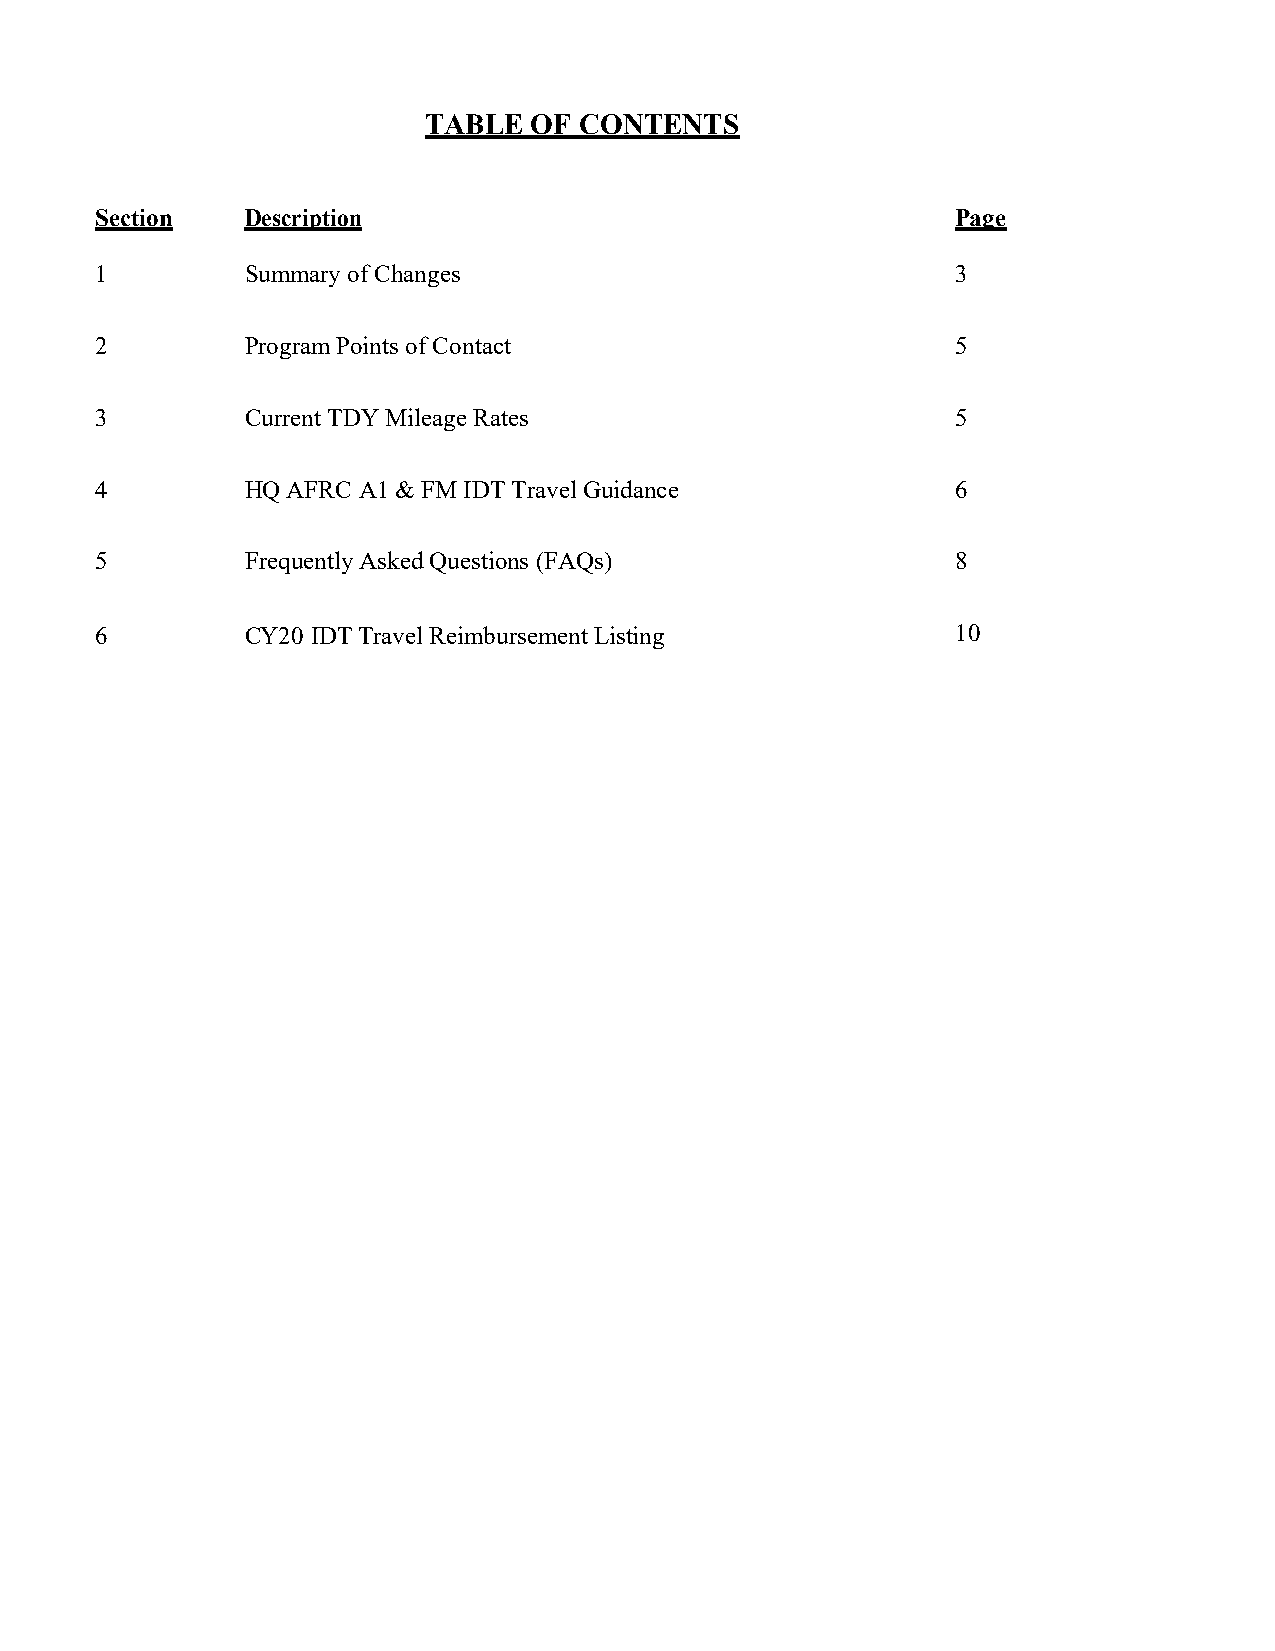
TABLE  OF CONTENTS
 Section   Description                                    Page
 1         Summary of Changes                             3
 2         Program Points of Contact                      5
 3         Current TDY Mileage Rates                      5
 4         HQ AFRC A1 & FM IDT Travel Guidance            6
 5         Frequently Asked Questions (FAQs)              8
 6         CY20 IDT Travel Reimbursement Listing          10